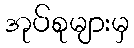
အုပ်စုများမှ